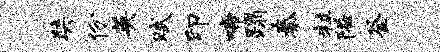
奘份英赋印啼蹋秦粒隘釜